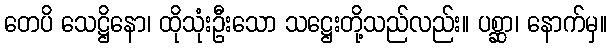
တေပိ သေဋ္ဌိနော၊ ထိုသုံးဦးသော သဋ္ဌေးတို့သည်လည်း။ ပစ္ဆာ၊ နောက်မှ။